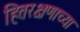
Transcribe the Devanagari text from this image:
हितरक्षणाच्या